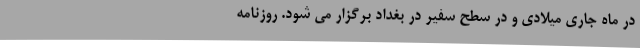
در ماه جاری میلادی و در سطح سفیر در بغداد برگزار می شود. روزنامه